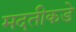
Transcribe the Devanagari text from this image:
मदतीकडे